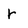
Character: r